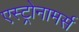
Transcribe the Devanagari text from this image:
एस्ट्रोनामर्स